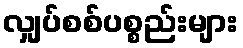
လျှပ်စစ်ပစ္စည်းများ